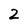
Character: 2